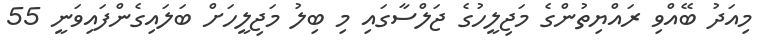
މިއަދު ބޭއްވި ރައްޔިތުންގެ މަޖިލީހުގެ ޖަލްސާގައި މި ބިލު މަޖިލީހަށް ބަލައިގެންފައިވަނީ 55